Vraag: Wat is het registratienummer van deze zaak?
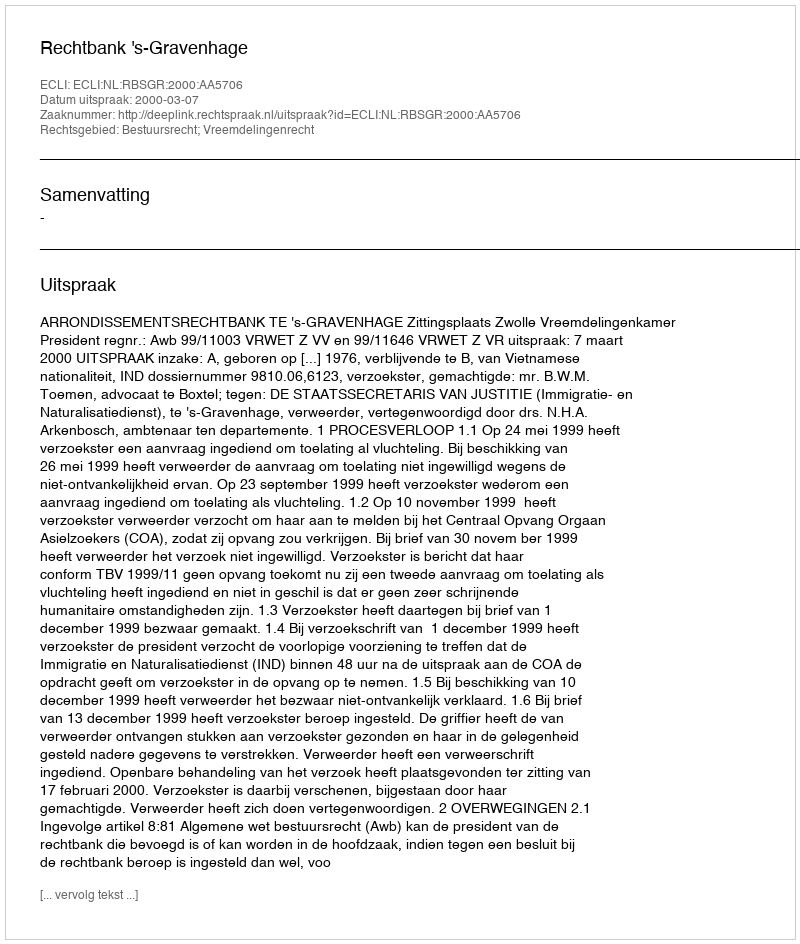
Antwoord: http://deeplink.rechtspraak.nl/uitspraak?id=ECLI:NL:RBSGR:2000:AA5706